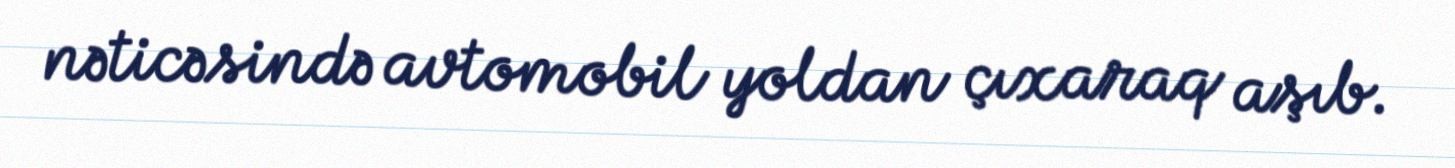
nəticəsində avtomobil yoldan çıxaraq aşıb.